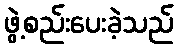
ဖွဲ့စည်းပေးခဲ့သည်